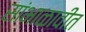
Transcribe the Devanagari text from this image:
सांभाळावीत